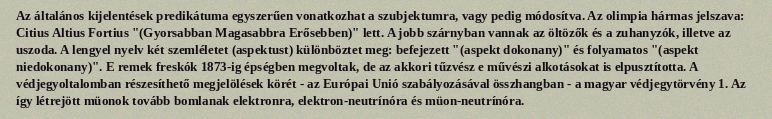
Az általános kijelentések predikátuma egyszerűen vonatkozhat a szubjektumra, vagy pedig módosítva. Az olimpia hármas jelszava: Citius Altius Fortius "(Gyorsabban Magasabbra Erősebben)" lett. A jobb szárnyban vannak az öltözők és a zuhanyzók, illetve az uszoda. A lengyel nyelv két szemléletet (aspektust) különböztet meg: befejezett "(aspekt dokonany)" és folyamatos "(aspekt niedokonany)". E remek freskók 1873-ig épségben megvoltak, de az akkori tűzvész e művészi alkotásokat is elpusztította. A védjegyoltalomban részesíthető megjelölések körét - az Európai Unió szabályozásával összhangban - a magyar védjegytörvény 1. Az így létrejött müonok tovább bomlanak elektronra, elektron-neutrínóra és müon-neutrínóra.